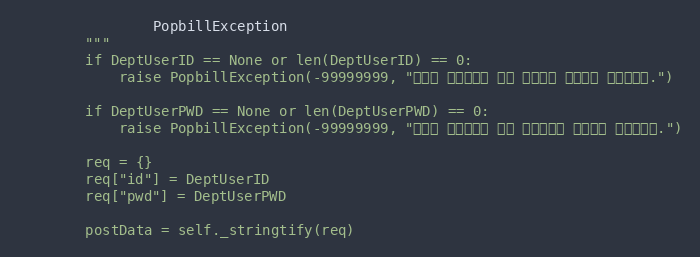
Language: Python
                PopbillException
        """
        if DeptUserID == None or len(DeptUserID) == 0:
            raise PopbillException(-99999999, "홈택스 부서사용자 계정 아이디가 입력되지 않았습니다.")

        if DeptUserPWD == None or len(DeptUserPWD) == 0:
            raise PopbillException(-99999999, "홈택스 부서사용자 계정 비밀번호가 입력되지 않았습니다.")

        req = {}
        req["id"] = DeptUserID
        req["pwd"] = DeptUserPWD

        postData = self._stringtify(req)